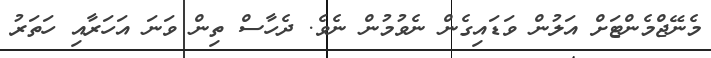
މެނޭޖްމެންޓަށް އަލުން ވަޑައިގެން ނެވުމުން ނެވެ. ދެހާސް ތިން ވަނަ އަހަރާއި ހަތަރު